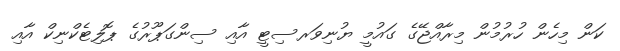
ކަން މިހެން ހުރުމުން މިރާއްޖޭގެ ގަައުމީ ޔުނިވަރސިޓީ އާއި ސިންގަޕޫރުގެ ޕޮލިޓެކްނިކް އާއި